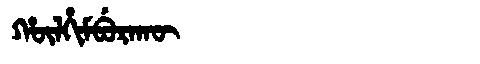
Manchu: ᡥᡡᠯᡥᡳᠮᠪᡠᡵᠠᡴᡡ
Romanization: HŪLHIMBURAKŪ